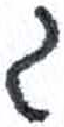
אות: ג